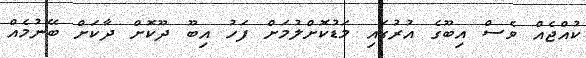
ކުއްޖެއް ވެސް އިބޫގެ އުރުގައި މަޑުކޮށްލުމަށް ފަހު އިބޫ ދޫކޮށް ދާކަށް ބޭނުމެއް